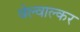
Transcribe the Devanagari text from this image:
वेल्वाल्कर